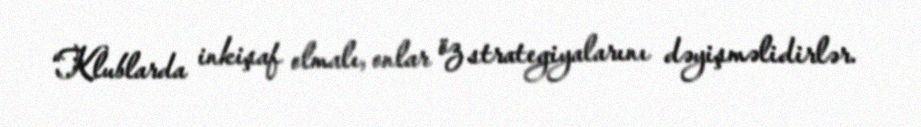
“Klublarda inkişaf olmalı, onlar öz strategiyalarını dəyişməlidirlər.